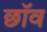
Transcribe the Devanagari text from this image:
छाॅव